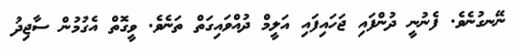
ނޭނގުނެވެ. ފެނުނީ ދުންފައި ޖަހައިފައި އަލީމް ދުއްވައިގަތް ތަނެވެ. ވީގޮތް އެގުމުން ސާޖިދު